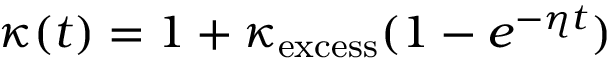
\kappa ( t ) = 1 + \kappa _ { \mathrm { e x c e s s } } ( 1 - e ^ { - \eta t } )